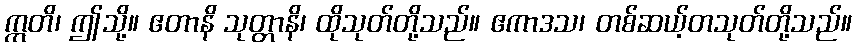
ဣတိ၊ ဤသို့။ ဧတာနိ သုတ္တာနိ၊ ထိုသုတ်တို့သည်။ ဧကာဒသ၊ တစ်ဆယ့်တသုတ်တို့သည်။